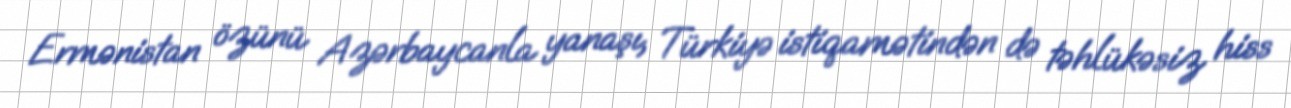
Ermənistan özünü Azərbaycanla yanaşı, Türkiyə istiqamətindən də təhlükəsiz hiss